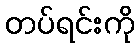
တပ်ရင်းကို